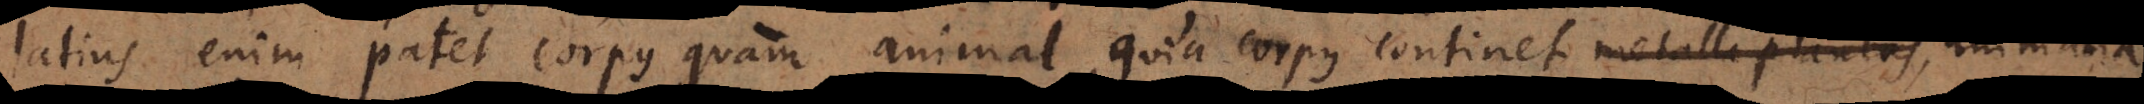
latius enim patet corpus quam animal, quia corpus continet animalia